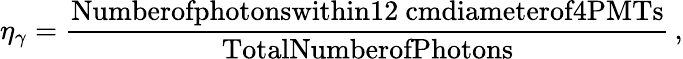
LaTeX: \eta_{\gamma}=\frac{\textrm{Numberofphotonswithin12~cmdiameterof4PMTs}}{\textrm{TotalNumberofPhotons}}\, ,